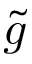
\tilde { g }